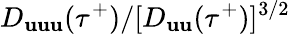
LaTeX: D_{\mathbf{u}\mathbf{u}\mathbf{u}}(\tau^{+})/[D_{\mathbf{u}\mathbf{u}}(\tau^{+})]^{3/2}